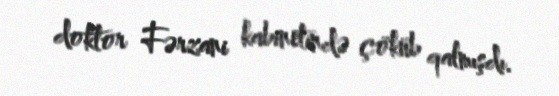
doktor Fərzani kabinetində çöküb qalmışdı.